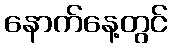
နောက်နေ့တွင်